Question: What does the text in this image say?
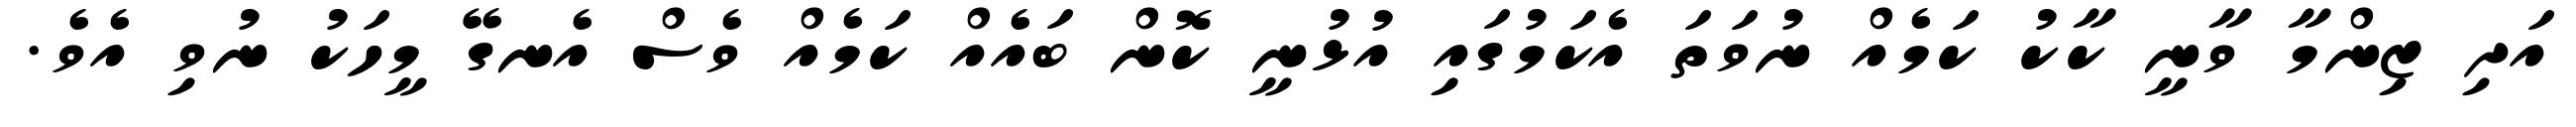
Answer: އަދި ޒިންމާ ވާނީ ކާކު ކަމެއް ނުވަތަ އެކަމުގައި އުޅުނީ ކޮން ބައެއް ކަމެއް ވެސް އެނގޭ މީހަކު ނުވި އެވެ.